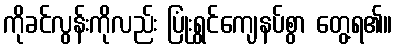
ကိုခင်လွန်းကိုလည်း ပြုံးရွှင်ကျေနပ်စွာ တွေ့ရ၏။